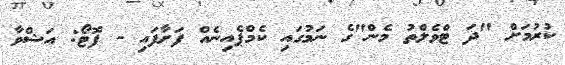
ކުރުމަށް "ދަ ޓްވެލްތު މެން"ގެ ނަމުގައި ކެމްޕެއިނެއް ފަށާފައި - ފޮޓޯ: އަޝްވާ